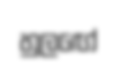
හුලඟේ